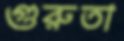
গুরুতা